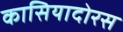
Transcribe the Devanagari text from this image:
कासियादोरस